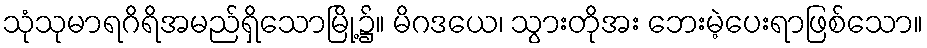
သုံသုမာရဂိရိအမည်ရှိသောမြို့၌။ မိဂဒယေ၊ သွားတိုအး ဘေးမဲ့ပေးရာဖြစ်သော။